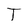
Character: T